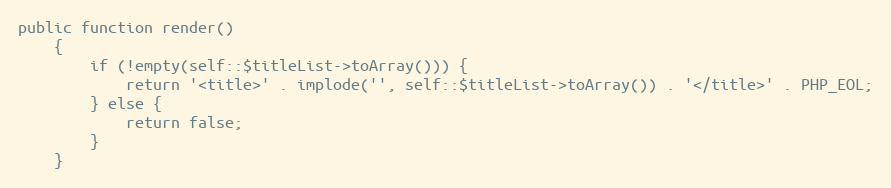
Language: PHP
public function render()
    {
        if (!empty(self::$titleList->toArray())) {
            return '<title>' . implode('', self::$titleList->toArray()) . '</title>' . PHP_EOL;
        } else {
            return false;
        }
    }